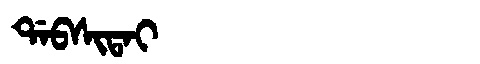
Manchu: ᡩᠠᠪᠰᡳᡨᠠᡳ
Romanization: DABSITAI